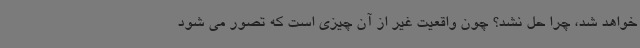
خواهد شد، چرا حل نشد؟ چون واقعیت غیر از آن چیزی است که تصور می شود